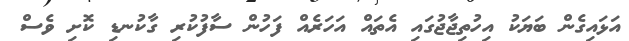
އަޅައިގެން ބަޔަކު އިހުތިޖާޖުގައި އެތައް އަހަރެއް ފަހުން ސާފުކުރި ގާކުނޑި ކޮށި ވެސް